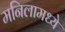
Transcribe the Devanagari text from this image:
मनिलामध्ये